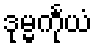
ဒုမ္မင်္ကုယံ